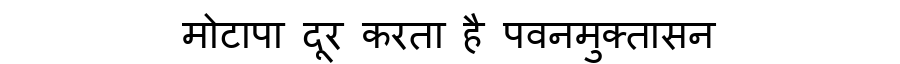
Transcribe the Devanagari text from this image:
मोटापा दूर करता है पवनमुक्तासन